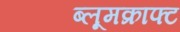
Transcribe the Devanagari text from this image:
ब्लूमक्राफ्ट